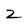
Character: 2